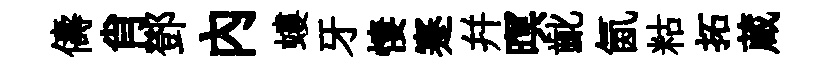
儔肖鄧內螻牙悽蹇幷暝齔氤䊀拓蔵